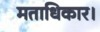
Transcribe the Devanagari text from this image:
मताधिकार।